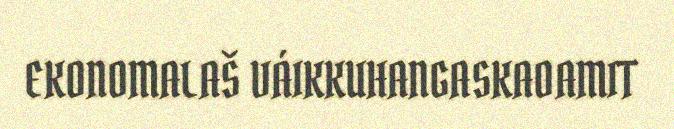
EKONOMALAŠ VÁIKKUHANGASKAOAMIT